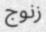
زنوج